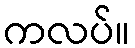
ကလပ်။